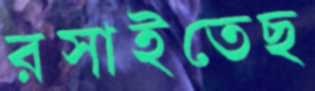
রসাইতেছ